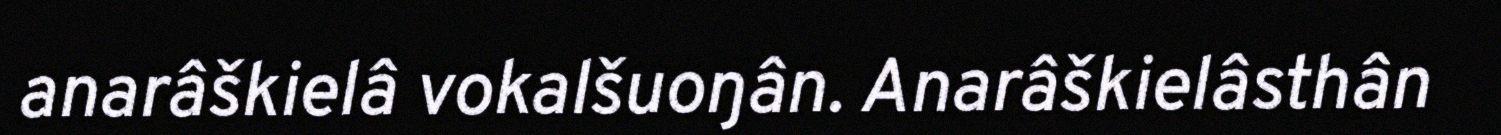
anarâškielâ vokalšuoŋân. Anarâškielâsthân